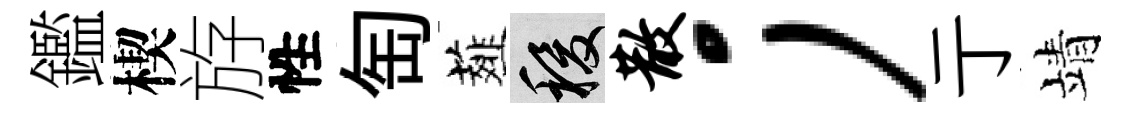
鑑楔斿性匋薤稷散；亍靖